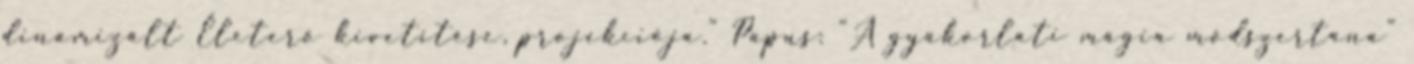
dinamizált Életerő kivetítése, projekciója." Papus: "A gyakorlati mágia módszertana"